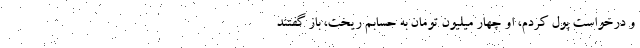
و درخواست پول کردم، او چهار میلیون تومان به حسابم ریخت، باز گفتند